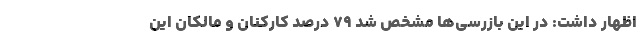
اظهار داشت: در این بازرسی‌ها مشخص شد ۷۹ درصد کارکنان و مالکان این